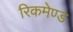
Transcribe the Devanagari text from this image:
रिकमेण्ड